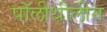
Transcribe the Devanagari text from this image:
पॉलीथीलीन